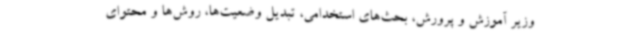
وزیر آموزش و پرورش، بحث‌های استخدامی، تبدیل وضعیت‌ها، روش‌ها و محتوای